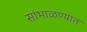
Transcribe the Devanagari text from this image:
सांभाळण्यात